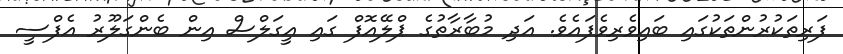
ފަރިތަކުރުންތަކުގައި ބައިވެރިވެފައެވެ. އަދި މުބާރާތުގެ ޕްލޭއޮފް ގައި އީގަލްސް އިން ބެންގަލޫރު އެފްސީ